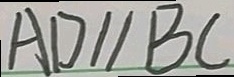
A D / / B C